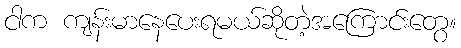
ငါက ကျန်းမာနေပေးရမယ်ဆိုတဲ့အကြောင်းတွေ။